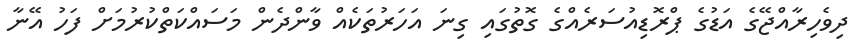
ދިވެހިރާއްޖޭގެ އަޑުގެ ޕްރޮޑިއުސަރެއްގެ ގޮތުގައި ގިނަ އަހަރުތަކެއް ވާންދެން މަސައްކަތްކުރުމަށް ފަހު އޭނާ